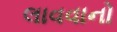
લાવવાનો